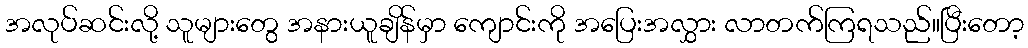
အလုပ်ဆင်းလို့ သူများတွေ အနားယူချိန်မှာ ကျောင်းကို အပြေးအလွှား လာတက်ကြရသည်။ပြီးတော့